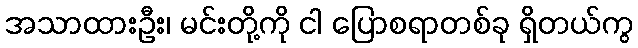
အသာထားဦး၊ မင်းတို့ကို ငါ ပြောစရာတစ်ခု ရှိတယ်ကွ